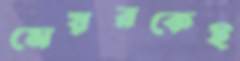
মেয়রকেই